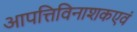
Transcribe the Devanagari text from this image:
आपत्तिविनाशकएवं